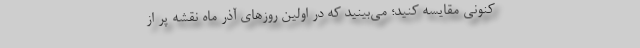
کنونی مقایسه کنید؛ می‌بینید که در اولین روزهای آذر ماه نقشه پر از